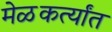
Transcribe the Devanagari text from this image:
मेळकर्त्यांत